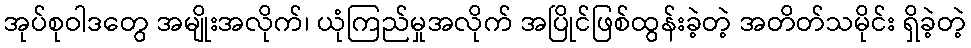
အုပ်စုဝါဒတွေ အမျိုးအလိုက်၊ ယုံကြည်မှုအလိုက် အပြိုင်ဖြစ်ထွန်းခဲ့တဲ့ အတိတ်သမိုင်း ရှိခဲ့တဲ့